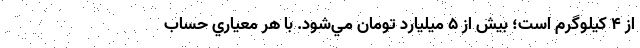
از ۴ كيلوگرم است؛ بيش از ۵ ميليارد تومان مي‌شود. با هر معياري حساب